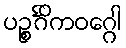
ပဉ္စင်္ဂိကဝဂ္ဂေါ